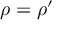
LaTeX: \rho = \rho ^ { \prime }